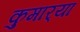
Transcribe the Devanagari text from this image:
कुमार्‍या